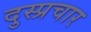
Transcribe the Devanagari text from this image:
दुस्प्रचार